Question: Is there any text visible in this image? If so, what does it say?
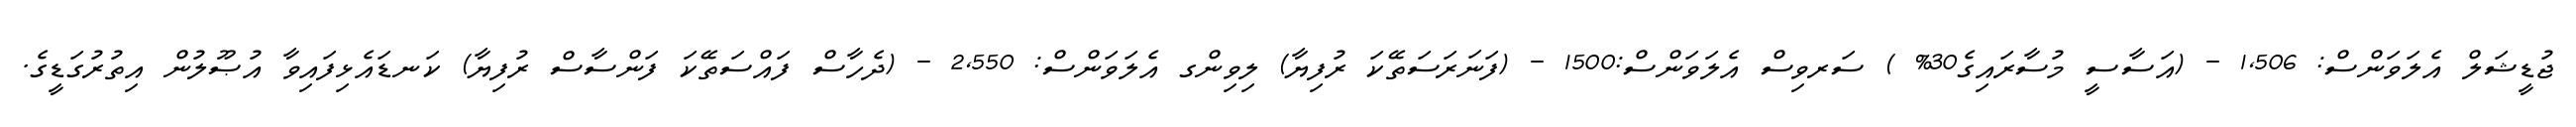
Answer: ޖުޑީޝަލް އެލަވަންސް: 1,506 - (އަސާސީ މުސާރައިގެ30% ) ސަރވިސް އެލަވަންސް:1500 - (ފަނަރަސަތޭކަ ރުފިޔާ) ލިވިންގ އެލަވަންސް: 2,550 - (ދެހާސް ފައްސަތޭކަ ފަންސާސް ރުފިޔާ) ކަނޑައެޅިފައިވާ އުޞޫލުން އިތުރުގަޑީގެ.